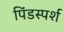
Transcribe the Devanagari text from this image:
पिंडस्पर्श